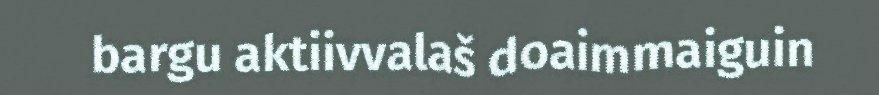
bargu aktiivvalaš doaimmaiguin